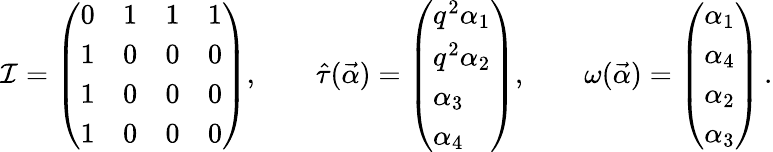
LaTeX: \mathcal{I}=\left(\begin{array}{llll}{{0}}&{{1}}&{{1}}&{{1}}\\ {{1}}&{{0}}&{{0}}&{{0}}\\ {{1}}&{{0}}&{{0}}&{{0}}\\ {{1}}&{{0}}&{{0}}&{{0}}\end{array}\right),\quad\quad\hat{{\tau}}(\vec{{\alpha}})=\left(\begin{array}{l}{{q^{2}\alpha_{1}}}\\ {{q^{2}\alpha_{2}}}\\ {{\alpha_{3}}}\\ {{\alpha_{4}}}\end{array}\right),\quad\quad\omega(\vec{{\alpha}})=\left(\begin{array}{l}{{\alpha_{1}}}\\ {{\alpha_{4}}}\\ {{\alpha_{2}}}\\ {{\alpha_{3}}}\end{array}\right)\, .